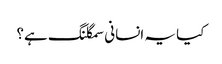
کیا یہ انسانی سمگلنگ ہے؟